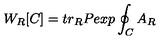
W _ { R } [ C ] = t r _ { R } P e x p \oint _ { C } A _ { R }